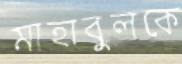
মাহাবুলকে